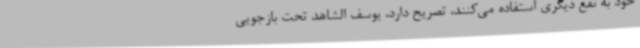
خود به نفع دیگری استفاده می‌کنند، تصریح دارد، یوسف الشاهد تحت بازجویی